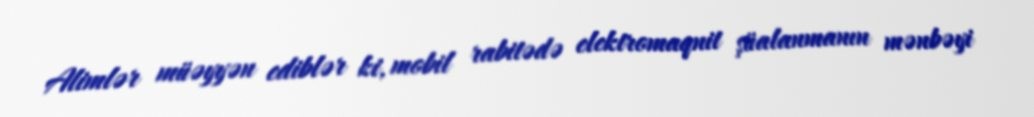
Alimlər müəyyən ediblər ki, mobil rabitədə elektromaqnit şüalanmanın mənbəyi